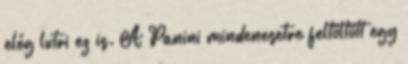
elég lutri ez is. A Panini mindenesetre feltöltött egy